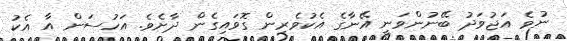
ނުވެ އަޖުވަދު ބޭނުންވަނީ އޭނާގެ އެކުވެރިން ގޮވައިގެން ދާށެވެ. އަހުސަން އާ އެކު